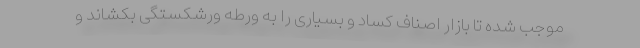
موجب شده تا بازار اصناف کساد و بسیاری را به ورطه ورشکستگی بکشاند و